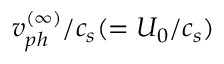
v _ { p h } ^ { ( \infty ) } / c _ { s } ( = U _ { 0 } / c _ { s } )